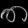
Digit: ၈